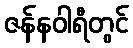
ဇန်နဝါရီတွင်